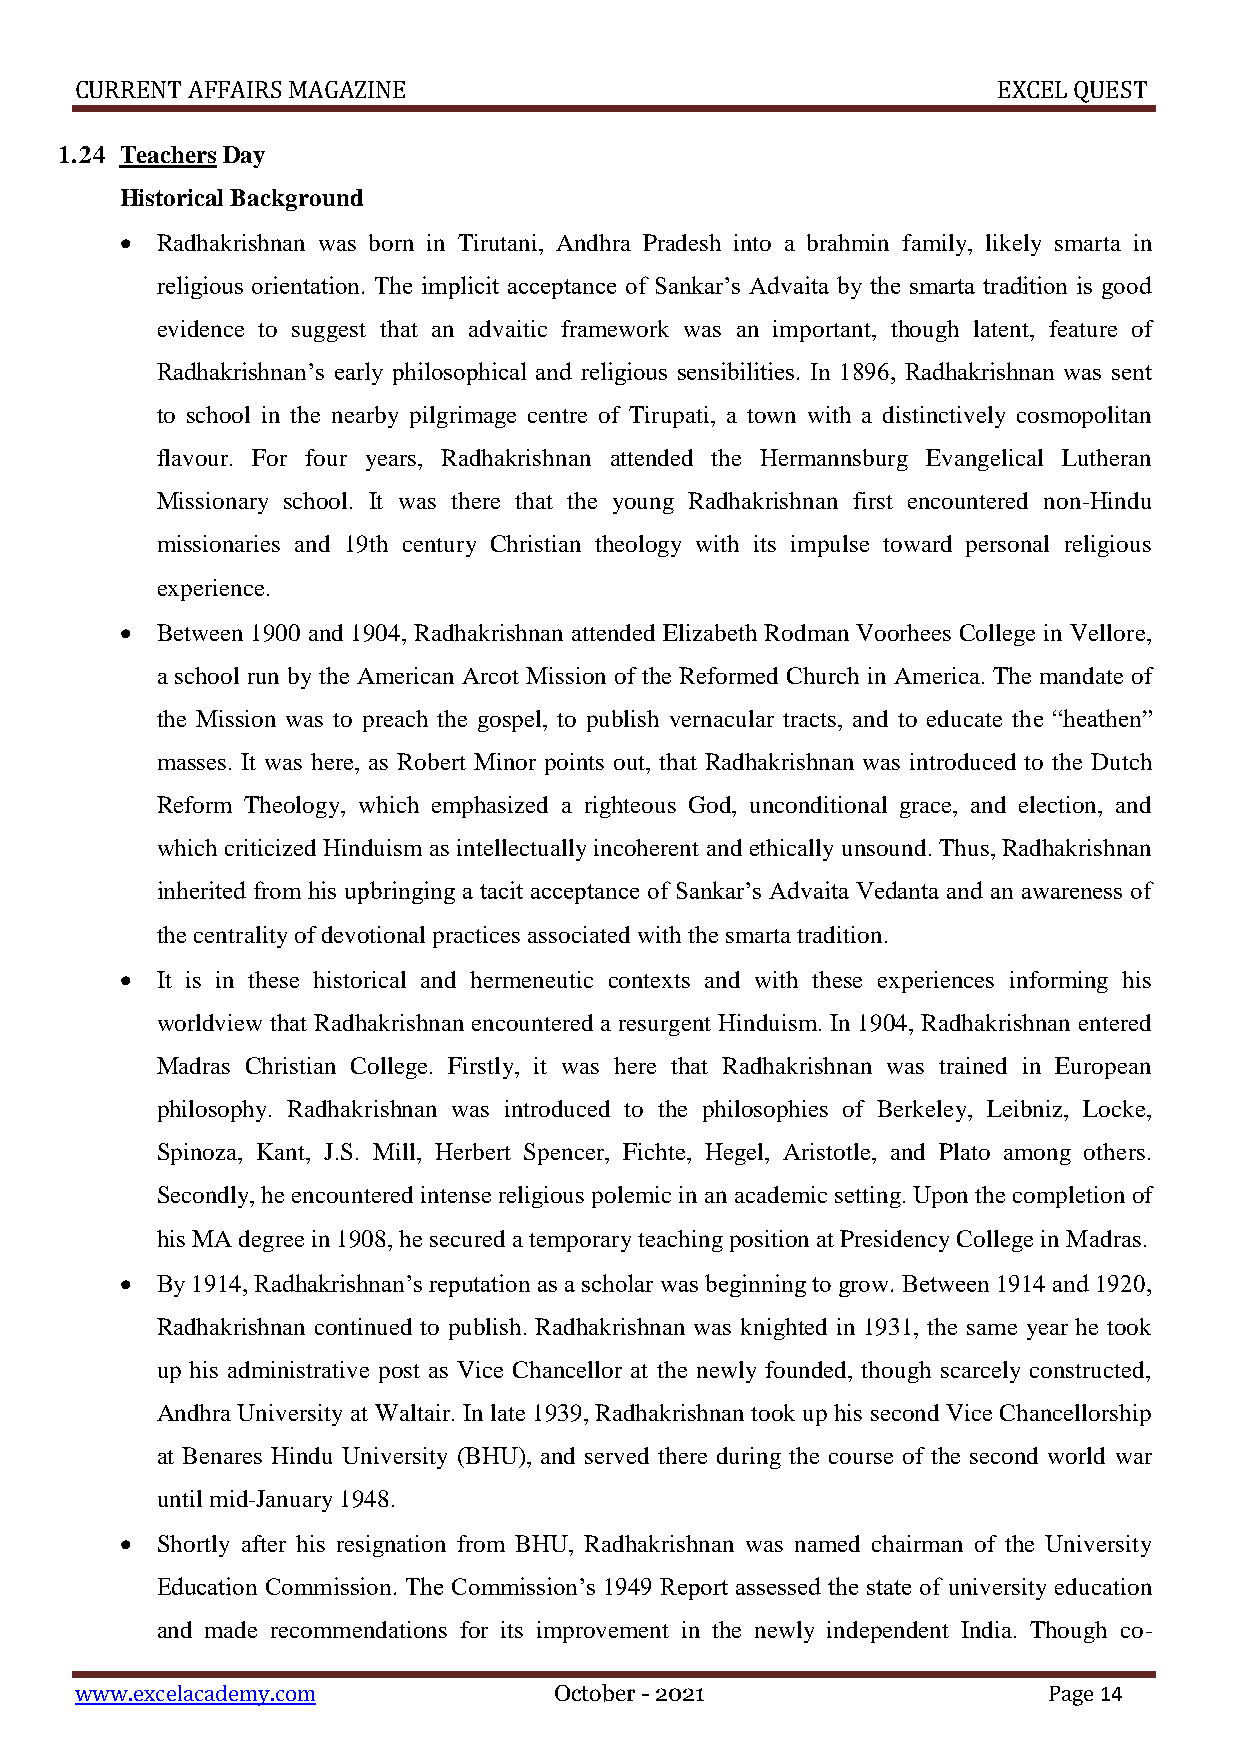
CURRENT AFFAIRS MAGAZINE                                     EXCEL QUEST
 1.24 Teachers Day
 Historical Background
  Radhakrishnan was born in Tirutani, Andhra Pradesh into a brahmin family, likely smarta in
 religious orientation. The implicit acceptance of Sankar’s Advaita by the smarta tradition is good
 evidence to suggest that an advaitic framework was an important, though latent, feature of
 Radhakrishnan’s early philosophical and religious sensibilities. In 1896, Radhakrishnan was sent
 to school in the nearby pilgrimage centre of Tirupati, a town with a distinctively cosmopolitan
 flavour. For four years, Radhakrishnan attended the Hermannsburg Evangelical Lutheran
 Missionary school. It was there that the young Radhakrishnan first encountered non-Hindu
 missionaries and 19th century Christian theology with its impulse toward personal religious
 experience.
  Between 1900 and 1904, Radhakrishnan attended Elizabeth Rodman Voorhees College in Vellore,
 a school run by the American Arcot Mission of the Reformed Church in America. The mandate of
 the Mission was to preach the gospel, to publish vernacular tracts, and to educate the “heathen”
 masses. It was here, as Robert Minor points out, that Radhakrishnan was introduced to the Dutch
 Reform Theology, which emphasized a righteous God, unconditional grace, and election, and
 which criticized Hinduism as intellectually incoherent and ethically unsound. Thus, Radhakrishnan
 inherited from his upbringing a tacit acceptance of Sankar’s Advaita Vedanta and an awareness of
 the centrality of devotional practices associated with the smarta tradition.
  It is in these historical and hermeneutic contexts and with these experiences informing his
 worldview that Radhakrishnan encountered a resurgent Hinduism. In 1904, Radhakrishnan entered
 Madras Christian College. Firstly, it was here that Radhakrishnan was trained in European
 philosophy. Radhakrishnan was introduced to the philosophies of Berkeley, Leibniz, Locke,
 Spinoza, Kant, J.S. Mill, Herbert Spencer, Fichte, Hegel, Aristotle, and Plato among others.
 Secondly, he encountered intense religious polemic in an academic setting. Upon the completion of
 his MA degree in 1908, he secured a temporary teaching position at Presidency College in Madras.
  By 1914, Radhakrishnan’s reputation as a scholar was beginning to grow. Between 1914 and 1920,
 Radhakrishnan continued to publish. Radhakrishnan was knighted in 1931, the same year he took
 up his administrative post as Vice Chancellor at the newly founded, though scarcely constructed,
 Andhra University at Waltair. In late 1939, Radhakrishnan took up his second Vice Chancellorship
 at Benares Hindu University (BHU), and served there during the course of the second world war
 until mid-January 1948.
  Shortly after his resignation from BHU, Radhakrishnan was named chairman of the University
 Education Commission. The Commission’s 1949 Report assessed the state of university education
 and made recommendations for its improvement in the newly independent India. Though co-
 www.excelacademy.com            October - 2021                  Page 14